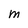
Character: M